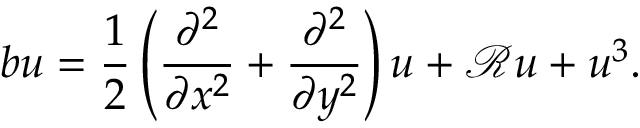
b u = \frac { 1 } { 2 } \left( \frac { \partial ^ { 2 } } { \partial x ^ { 2 } } + \frac { \partial ^ { 2 } } { \partial y ^ { 2 } } \right) u + \mathcal { R } u + u ^ { 3 } .